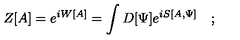
Z [ A ] = e ^ { i W [ A ] } = \int D [ \Psi ] e ^ { i S [ A , \Psi ] } \quad ;